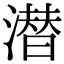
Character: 潜